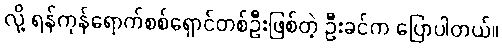
လို့ ရန်ကုန်ရောက်စစ်ရှောင်တစ်ဦးဖြစ်တဲ့ ဦးခင်က ပြောပါတယ်။